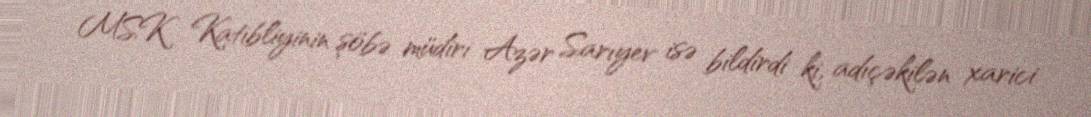
MSK Katibliyinin şöbə müdiri Azər Sarıyev isə bildirdi ki, adıçəkilən xarici